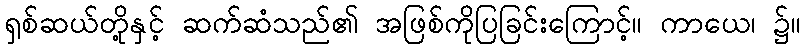
ရှစ်ဆယ်တို့နှင့် ဆက်ဆံသည်၏ အဖြစ်ကိုပြခြင်းကြောင့်။ ကာယေ၊ ၌။